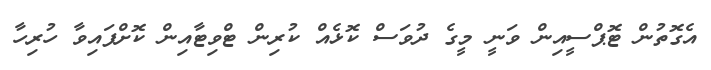
އެގޮތުން ޓޮޕްސީއިން ވަނީ މީގެ ދުވަސް ކޮޅެއް ކުރިން ޓްވިޓާއިން ކޮށްފައިވާ ހުރިހާ